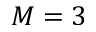
M = 3